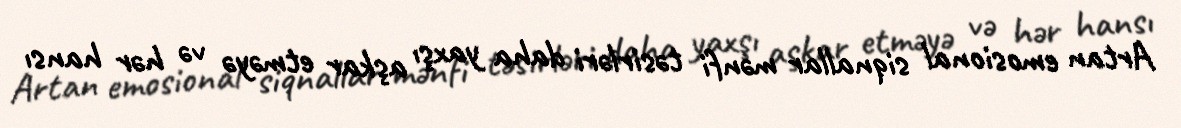
Artan emosional siqnallar mənfi təsirləri daha yaxşı aşkar etməyə və hər hansı